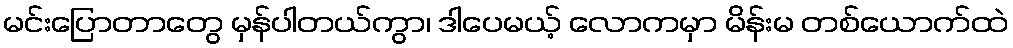
မင်းပြောတာတွေ မှန်ပါတယ်ကွာ၊ ဒါပေမယ့် လောကမှာ မိန်းမ တစ်ယောက်ထဲ